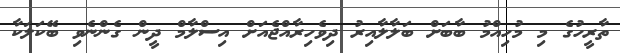
ތާރީހުގެ މި މުހިއްމު ބާބަށް ބަލާލާއިރު ދިވެހިރާއްޖެއަށް އިސްލާމް ދީން ގެންނެވި ބޭކަލަކާ